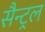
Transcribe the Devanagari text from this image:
सैन्ट्रल